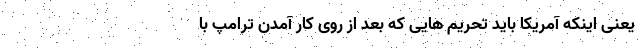
یعنی اینکه آمریکا باید تحریم هایی که بعد از روی کار آمدن ترامپ با